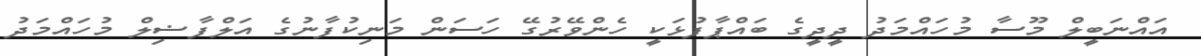
އައްނަބީލް މޫސާ މުހައްމަދު ދީދީގެ ބައްޕާފުޅަކީ ހެންވޭރުގޭ ހަސަން މަނިކުފާނުގެ އަލްފާޟިލް މުހައްމަދު